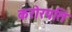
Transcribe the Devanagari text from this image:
करोरपति